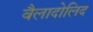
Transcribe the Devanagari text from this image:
वैलादोलिद